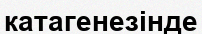
катагенезінде